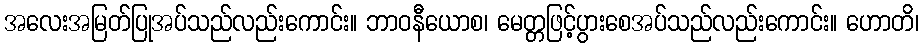
အလေးအမြတ်ပြုအပ်သည်လည်းကောင်း။ ဘာဝနီယောစ၊ မေတ္တဖြင့်ပွားစေအပ်သည်လည်းကောင်း။ ဟောတိ၊